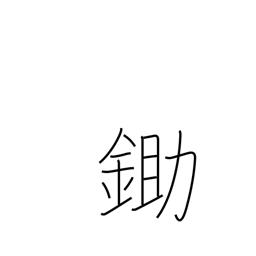
Meaning: plow